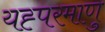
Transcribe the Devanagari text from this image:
यह्परमाणु